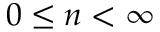
0 \leq n < \infty